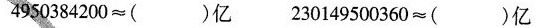
4950384200≈( )亿 230149500360≈( )